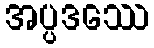
အပ္ပဒဿေ